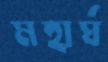
মহার্ঘ